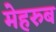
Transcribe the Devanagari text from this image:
मेहरुब